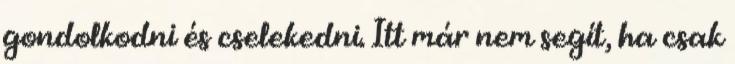
gondolkodni és cselekedni. Itt már nem segít, ha csak